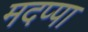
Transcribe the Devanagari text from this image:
मदप्पा